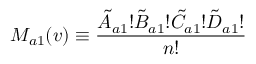
M _ { a 1 } ( v ) \equiv \frac { \tilde { A } _ { a 1 } ! \tilde { B } _ { a 1 } ! \tilde { C } _ { a 1 } ! \tilde { D } _ { a 1 } ! } { n ! }